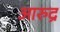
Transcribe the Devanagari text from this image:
आरुद्र